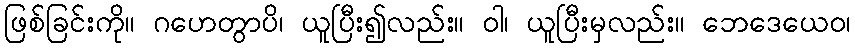
ဖြစ်ခြင်းကို။ ဂဟေတွာပိ၊ ယူပြီး၍လည်း။ ဝါ၊ ယူပြီးမှလည်း။ ဘေဒေယေဝ၊